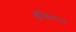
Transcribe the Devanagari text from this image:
ब्रुंस्विकचा